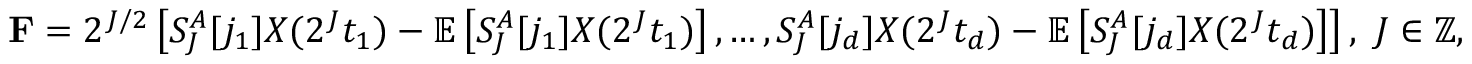
\mathbf { F } = 2 ^ { J / 2 } \left[ S _ { J } ^ { A } [ j _ { 1 } ] X ( 2 ^ { J } t _ { 1 } ) - \mathbb { E } \left[ S _ { J } ^ { A } [ j _ { 1 } ] X ( 2 ^ { J } t _ { 1 } ) \right] , \ldots , S _ { J } ^ { A } [ j _ { d } ] X ( 2 ^ { J } t _ { d } ) - \mathbb { E } \left[ S _ { J } ^ { A } [ j _ { d } ] X ( 2 ^ { J } t _ { d } ) \right] \right] , \ J \in \mathbb { Z } ,